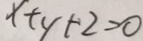
x + y + 2 = 0